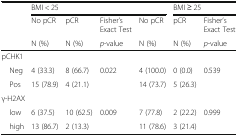
<table><thead><tr><td rowspan="3"></td><td colspan="4"><b>BMI &lt; 25</b></td><td colspan="2"><b>BMI ≥ 25</b></td></tr><tr><td><b>No pCR</b></td><td><b>pCR</b></td><td><b>Fisher’s Exact Test</b></td><td><b>No pCR</b></td><td><b>pCR</b></td><td><b>Fisher’s Exact Test</b></td></tr><tr><td><b>N (%)</b></td><td><b>N (%)</b></td><td><b><i>p</i>-value</b></td><td><b>N (%)</b></td><td><b>N (%)</b></td><td><b><i>p</i>-value</b></td></tr></thead><tbody><tr><td colspan="7">pCHK1</td></tr><tr><td> Neg</td><td>4 (33.3)</td><td>8 (66.7)</td><td>0.022</td><td>4 (100.0)</td><td>0 (0.0)</td><td>0.539</td></tr><tr><td> Pos</td><td>15 (78.9)</td><td>4 (21.1)</td><td></td><td>14 (73.7)</td><td>5 (26.3)</td><td></td></tr><tr><td colspan="7">γ-H2AX</td></tr><tr><td> low</td><td>6 (37.5)</td><td>10 (62.5)</td><td>0.009</td><td>7 (77.8)</td><td>2 (22.2)</td><td>0.999</td></tr><tr><td> high</td><td>13 (86.7)</td><td>2 (13.3)</td><td></td><td>11 (78.6)</td><td>3 (21.4)</td><td></td></tr></tbody></table>